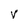
Character: V